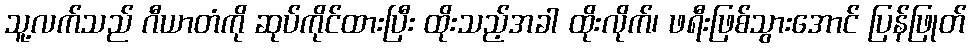
သူ့လက်သည် ဂီယာတံကို ဆုပ်ကိုင်ထားပြီး ထိုးသည့်အခါ ထိုးလိုက်၊ ဖရီးဖြစ်သွားအောင် ပြန်ဖြုတ်